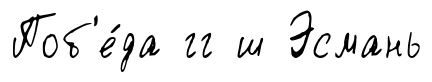
Поб'е́да гг ш Эсмань